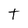
Character: t